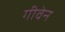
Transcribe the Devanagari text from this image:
गीवेन